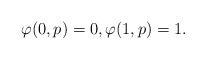
LaTeX: \begin{align*}\varphi(0,p)=0, \varphi(1,p)=1.\end{align*}